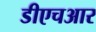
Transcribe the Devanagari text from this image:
डीएचआर